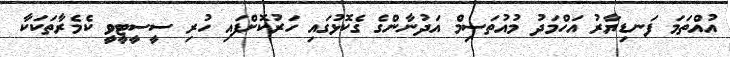
އުއްތަމަ ފަނޑިޔާރު އަހްމަދު މުއުތަސިމް އަދުނާންގެ ގެކޮޅުގައި ހަރުކޮށްފައި ހުރި ސީސީޓީވީ ކެމެރާތަކަކާ